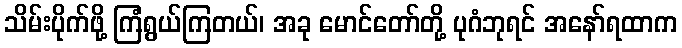
သိမ်းပိုက်ဖို့ ကြံရွယ်ကြတယ်၊ အခု မောင်တော်တို့ ပုဂံဘုရင် အနော်ရထာက